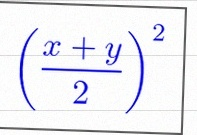
\left(\frac{x+y}{2}\right)^2